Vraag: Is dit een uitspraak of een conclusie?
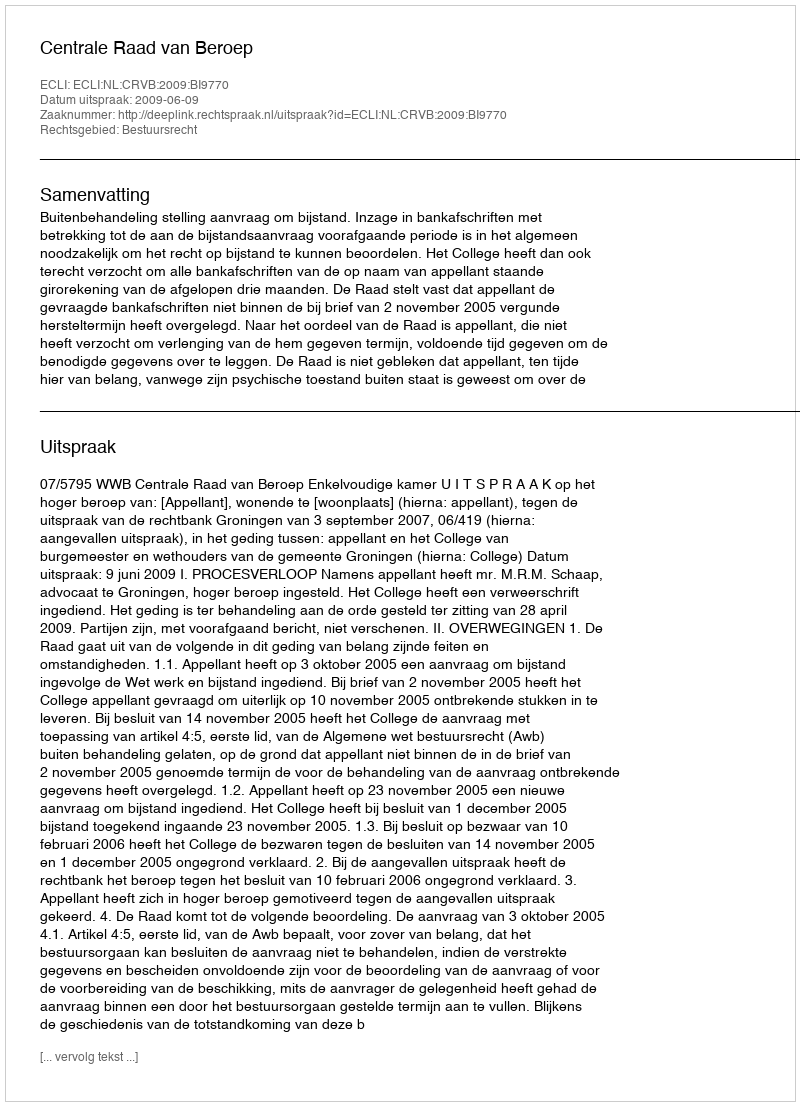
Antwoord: Uitspraak